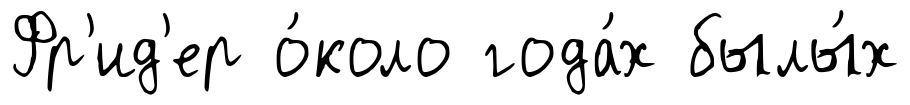
Фр'ид'ер о́коло года́х былы́х